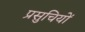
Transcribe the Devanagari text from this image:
प्रसुचियों